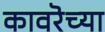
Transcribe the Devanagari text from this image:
कावरॆच्या